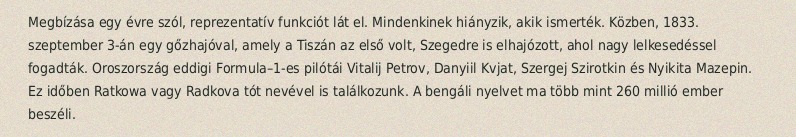
Megbízása egy évre szól, reprezentatív funkciót lát el. Mindenkinek hiányzik, akik ismerték. Közben, 1833. szeptember 3-án egy gőzhajóval, amely a Tiszán az első volt, Szegedre is elhajózott, ahol nagy lelkesedéssel fogadták. Oroszország eddigi Formula–1-es pilótái Vitalij Petrov, Danyiil Kvjat, Szergej Szirotkin és Nyikita Mazepin. Ez időben Ratkowa vagy Radkova tót nevével is találkozunk. A bengáli nyelvet ma több mint 260 millió ember beszéli.